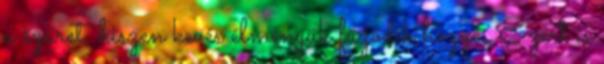
a szüret, hiszen kevés élményük fűződik hozzá. Ezért is